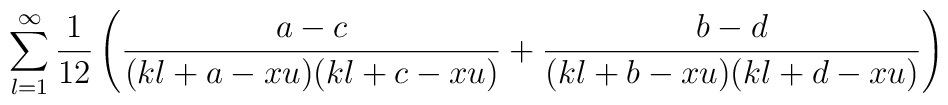
\sum_{l=1}^{\infty}\frac{1}{12}\left(\frac{a-c}{(kl+a-xu)(kl+c-xu)}+\frac{b-d}{(kl+b-xu)(kl+d-xu)}\right)